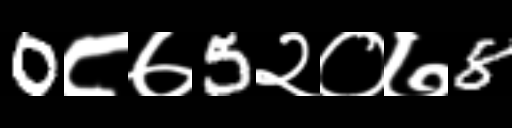
Text: 0८७5२०७8